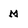
Character: M